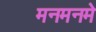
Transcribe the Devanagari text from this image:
मनमनमे